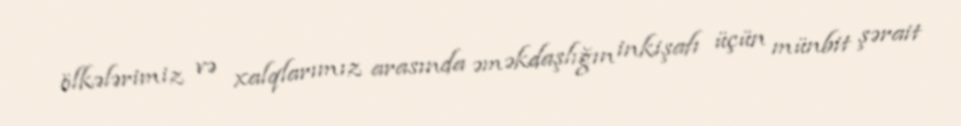
ölkələrimiz və xalqlarımız arasında əməkdaşlığın inkişafı üçün münbit şərait